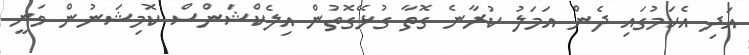
އަދި އެކަމުގައި ދެން އަމަލު ކުރާނެ ގޮތާ ގުޅޭގޮތުން އިލެކްޝަންސް ކޮމިޝަނުން ވަނީ